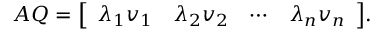
A Q = { \left[ \begin{array} { l l l l } { \lambda _ { 1 } v _ { 1 } } & { \lambda _ { 2 } v _ { 2 } } & { \cdots } & { \lambda _ { n } v _ { n } } \end{array} \right] } .